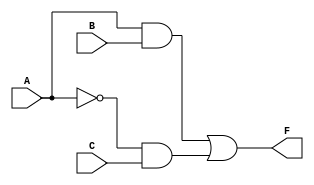
module simplified_logic (
    input wire A,     // First input
    input wire B,     // Second input
    input wire C,     // Third input
    output wire F     // Output
);

// Intermediate signals
wire AB;            // AND gate output for A and B
wire not_A;        // NOT gate output for A
wire not_A_and_C;  // AND gate output for NOT A and C

// Logic Implementation
// Step 1: Compute NOT A
assign not_A = ~A; // NOT gate

// Step 2: Compute A AND B
assign AB = A & B; // AND gate

// Step 3: Compute NOT A AND C
assign not_A_and_C = not_A & C; // AND gate

// Step 4: Compute the final output F
assign F = AB | not_A_and_C; // OR gate

endmodule